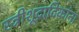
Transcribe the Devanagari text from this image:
स्त्रीशूद्रादिकांना